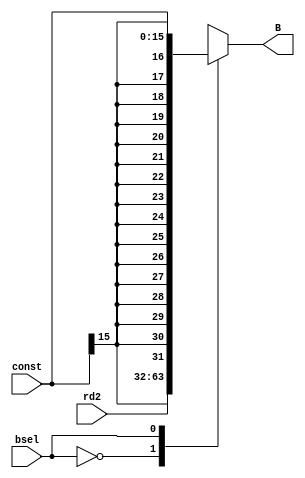
`timescale 1ns / 1ps
//////////////////////////////////////////////////////////////////////////////////
// Company: 
// Engineer: 
// 
// Design Name: 
// Module Name: b_sel
// Project Name: 
// Target Devices: 
// Tool Versions: 
// Description: 
// 
// Dependencies: 
// 
// Revision:
// Revision 0.01 - File Created
// Additional Comments:
// 
//////////////////////////////////////////////////////////////////////////////////


module b_sel(B,rd2,const,bsel);
output reg [31:0] B;   // ALU ke pehle reg ka B input
input [31:0] rd2;
input [15:0] const;  // 16 bit constant 
input bsel;
   
    
always @ (const,bsel,rd2)
begin
case(bsel)
1'b0: B<=rd2;
1'b1: B<={{16{const[15]}},const};   
endcase
end 
    
endmodule